Lunatic asylums Bombay report 1878-1890 - 1878-1890
Year: 1878
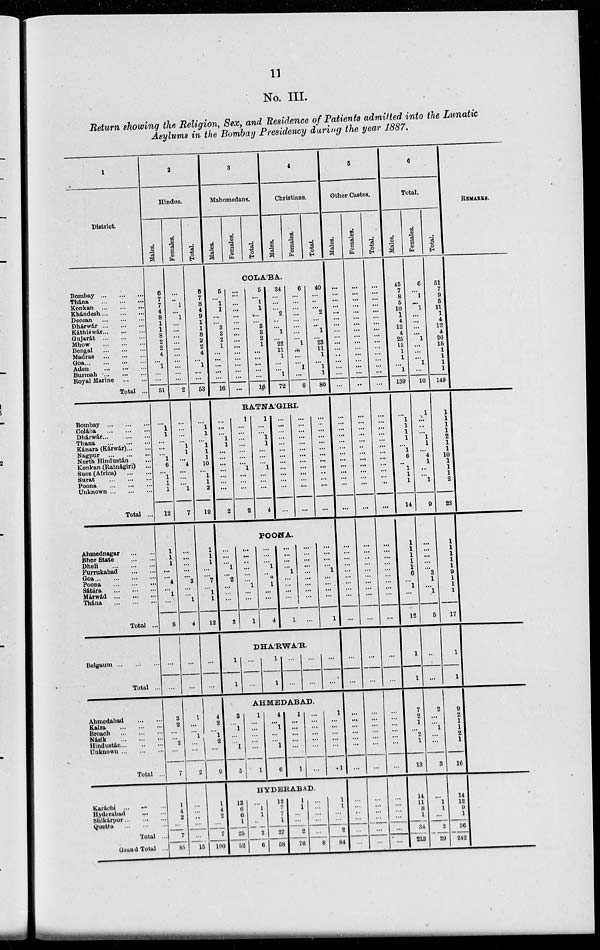
11
No. III.
Return showing the Religion, Sex, and Residence of Patients admitted into the Lunatic
Asylums in the Bombay Presidency during the year 1887.
1
District.
2
Hindus.
Males.
Females.
Total.
3
Mahomedans.
Males.
Females.
Total.
4
Christians.
Males.
Females.
Total.
5
Other Castes.
Males.
Females.
Total.
6
Total.
Males.
Females.
Total.
REMARKS.
COLÁBA.
Bombay
...
...
...
Thána
...
...
...
Konkan...
...
...
Khándesh... ... ...
Deccan...
...
...
Dhárwár...
...
...
Káthiáwár...
...
...
Gujarát
...
...
...
Mhow... ... ...
Bengal...
...
...
Madras...
...
...
Goa...
...
...
...
Aden
...
...
...
Burraah...
...
...
Royal Marine ... ...
Total ...
6
7
7
4
8
1
1
8
2
2
4
... 1
...
...
51
...
... 1
... 1
...
...
...
...
...
...
...
...
...
...
2
6
7
8
4
9
1
1
8
2
2
4
... 1
...
...
53
5
... 1
1
...
... 3
3
2
1
...
...
...
...
...
16
...
...
...
...
...
...
...
...
...
...
...
...
...
...
...
...
5
... 1
1
...
... 3
3
2
1
...
...
...
...
...
16
34
...
...
... 2
...
... 1
... 22
11
1
...
... 1
72
6
...
...
...
...
...
...
...
... 1
...
...
... 1
...
8
40
...
...
... 2
...
... 1
... 23
11
1
... 1
1
80
...
...
...
...
...
...
...
...
...
...
...
...
...
...
...
...
...
...
...
...
...
...
...
...
...
...
...
...
...
...
...
...
...
...
...
...
...
...
...
...
...
...
...
...
...
...
...
...
45
7
8
5
10
1
4
12
4
25
15
1
1
... 1
139
6
... 1
... 1
...
...
...
... 1
...
...
... 1
...
10
51
7
9
5
11
1
4
12
4
26
15
1
1
1
1
149
RATNÁGIRI.
Bombay
...
...
...
Colába...
...
...
Dhárwár...
...
...
Thana...
...
...
Kanara (Kárwár)... ...
Nagpur
...
...
...
North Hindustán...
Konkan (Ratnágiri)...
Suez (Africa)... ...
Surat...
...
...
Poona
...
...
...
Unknown ... ... ...
Total ...
...
1
1
...
...
... 1
6
... 1
1
1
12
...
...
...
... 1
1
... 4
...
...
... 1
7
...
1
1
... 1
1
1
10
... 1
1
2
19
...
...
... 1
1
...
...
...
...
...
...
...
2
1
...
...
...
...
...
...
... 1
...
...
...
2
1
...
... 1
1
...
...
... 1
...
...
...
4
...
...
...
...
...
...
...
...
...
...
...
...
...
...
...
...
...
...
...
...
...
...
...
...
...
...
...
...
...
...
...
...
...
...
...
...
...
...
...
...
...
...
...
...
...
...
...
...
...
...
...
...
...
...
...
...
...
...
...
...
...
...
...
...
...
...
...
...
...
...
...
...
...
...
...
...
...
...
...
1
1
1
1
... 1
6
... 1
1
1
14
1
...
...
... 1
1
... 4
1
...
... 1
9
1
1
1
1
2
1
1
10
1
1
1
2
23
POONA.
Ahmednagar ... ...
Bhor State... ...
Dheli...
...
...
Furrukabad ... ...
Goa...
...
...
...
Poona
...
...
...
Sátára
...
...
...
Márwád
...
...
...
Thána
...
...
...
Total ...
1
1
1
...
... 4
... 1
...
3
...
...
...
...
... 3
...
... 1
4
1
1
1
...
... 7
... 1
1
12
...
...
... 1
... 2
...
...
...
3
...
...
...
...
...
... 1
...
...
1
...
...
... 1
... 2 1
...
...
4
...
...
...
... 1
...
... ...
...
1
...
...
...
...
...
...
...
...
...
...
...
...
...
... 1
...
...
...
...
1
...
...
...
...
...
... ...
...
...
...
...
...
...
...
...
...
...
...
...
...
...
...
...
...
...
...
...
...
...
...
1
1
1
1
1 6
... 1
...
12
...
...
...
...
... 3
1
... 1
5
1
1
1
1
1
9
1
1
1
17
DHÁRWÁR.
Belgaum... ... ...
Total ...
...
...
...
...
...
...
1
1
...
...
1
1
...
...
...
...
...
...
...
...
...
...
...
...
1
1
...
...
1
1
AHMEDABAD.
Ahmedabad... ...
Kaira...
...
...
Broach
...
...
...
Násik...
...
...
Hindustan...
...
...
Unknown ... ... ...
Total ...
3
2
...
... 2
...
7
1
...
... 1
...
...
2
4
2
... 1
2
...
8
3
... 1
...
... 1
5
1
... ...
...
...
...
1
4
...
1
...
... 1
6
1
...
...
...
...
...
1
...
...
... ...
...
...
1
...
...
...
...
...
1
...
...
...
...
... ...
...
...
...
...
...
...
...
...
...
...
...
... ...
7
2
1
... 2
1
13
2
...
... 1
...
...
3
9
2
1
1
2
1
16
HYDERABAD.
Karáchi ... ... ...
Hyderabad ... ... ...
Shikárpur...
...
...
Quotta...
...
...
Total ...
Grand Total ...
1
4
2
...
7
85
...
... ..
...
...
15
1
4
2
...
7
100
12
6
6
1
25
52
...
1
1
...
2
6
12
7
7
1
27
58
1
1
...
...
2
76
...
...
...
...
...
8
1
1
...
...
2
84
...
...
...
...
...
...
...
...
...
...
...
...
...
...
...
...
...
...
14
11
8
1
34
213
...
1
1
...
2
29
14
12
9
1
36
242